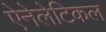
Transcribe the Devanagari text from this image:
ऐनेलेटिकल